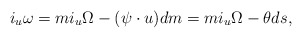
\begin{align*} i_u\omega=mi_u\Omega-(\psi\cdot u)dm=mi_u\Omega-\theta ds,\end{align*}